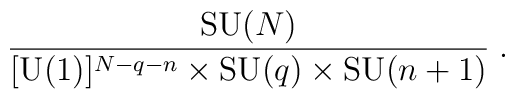
{\mbox{SU}(N)\over [\mbox{U}(1)]^{N-q-n}\times  \mbox{SU}(q)\times \mbox{SU}(n+1)}\;.